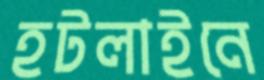
হটলাইনে